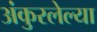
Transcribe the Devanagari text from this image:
अंकुरलेल्या